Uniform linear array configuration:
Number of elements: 24
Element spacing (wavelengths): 0.25
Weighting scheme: binomial
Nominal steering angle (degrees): -30
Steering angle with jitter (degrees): -31.373
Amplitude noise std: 0.05
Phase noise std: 0.05

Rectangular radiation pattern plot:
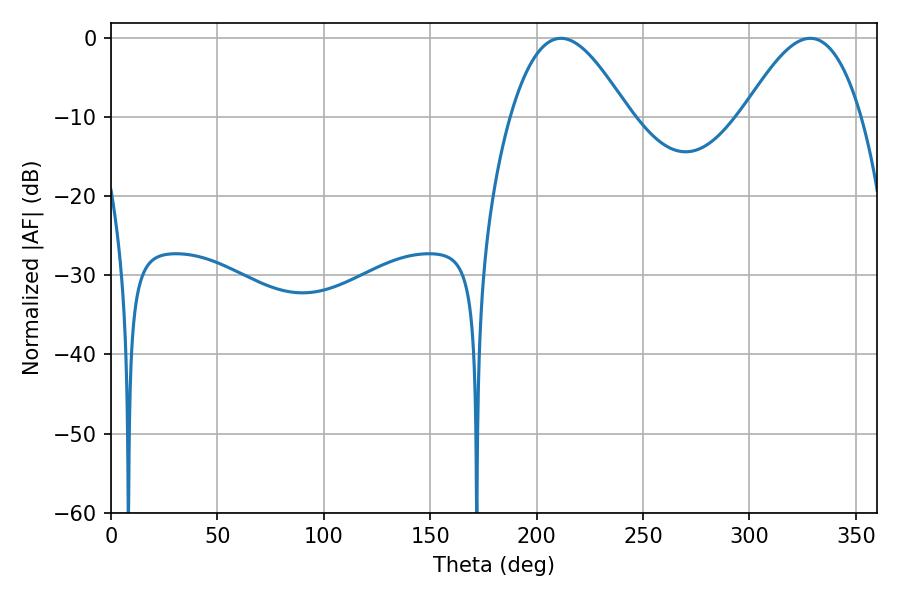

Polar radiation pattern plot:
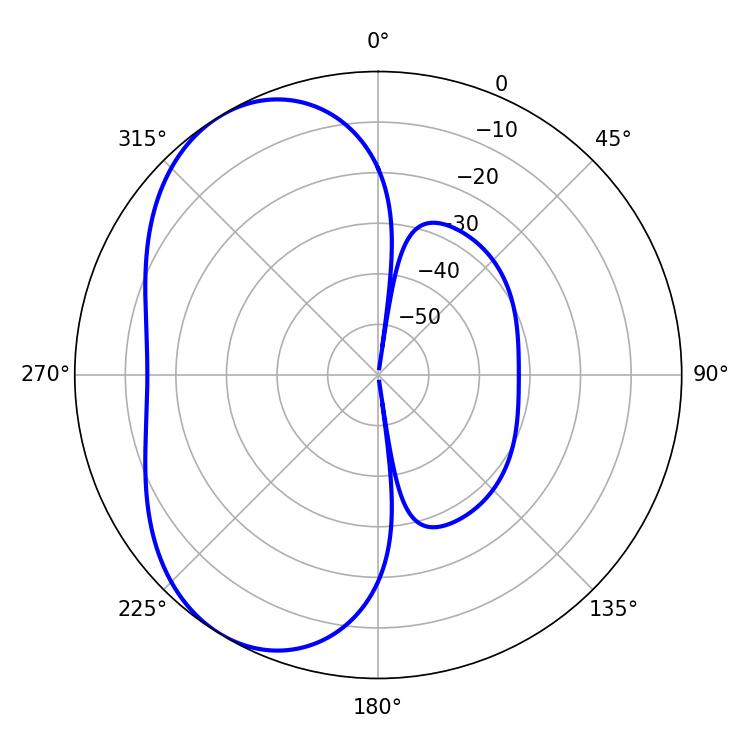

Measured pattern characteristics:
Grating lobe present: FALSE
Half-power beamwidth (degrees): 30.06
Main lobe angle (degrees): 328.5